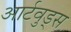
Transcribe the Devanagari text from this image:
आर्टवुड्स